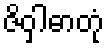
ဇိဝှါဓာတုံ